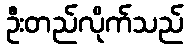
ဦးတည်လိုက်သည်